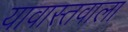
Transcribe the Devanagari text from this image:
यावास्तवाला